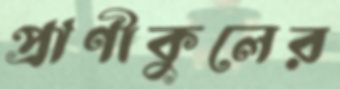
প্রাণীকুলের